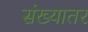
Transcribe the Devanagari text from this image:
संख्यातर